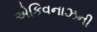
એકિવનાઝની